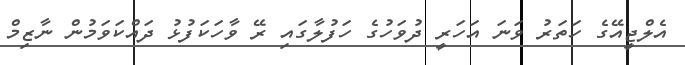
އެލްޖީއޭގެ ހަތަރު ވަނަ އަހަރީ ދުވަހުގެ ހަފުލާގައި ރޭ ވާހަކަފުޅު ދައްކަވަމުން ނާޒިމް